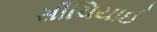
સીચિયાઈ